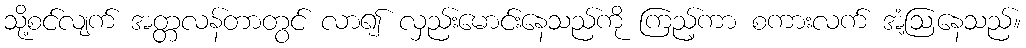
သို့စင်လျက် အတ္တလန်တာတွင် လာ၍ လှည်းမောင်းနေသည်ကို ကြည့်ကာ စကားလက် အံ့ဩနေသည်။